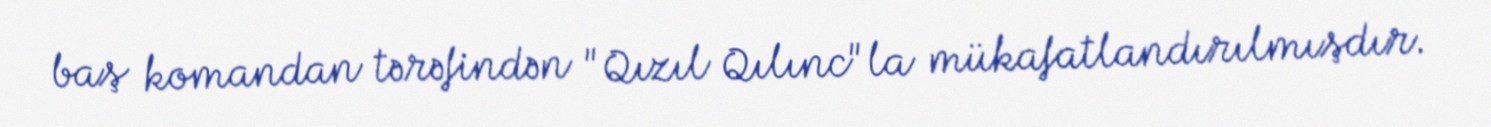
baş komandan tərəfindən "Qızıl Qılınc"la mükafatlandırılmışdır.